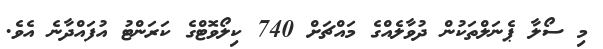
މި ސޯލާ ޕެނަލްތަކުން ދުވާލެއްގެ މައްޗަށް 740 ކިލޯވޮޓްގެ ކަރަންޓު އުފައްދާނެ އެވެ.